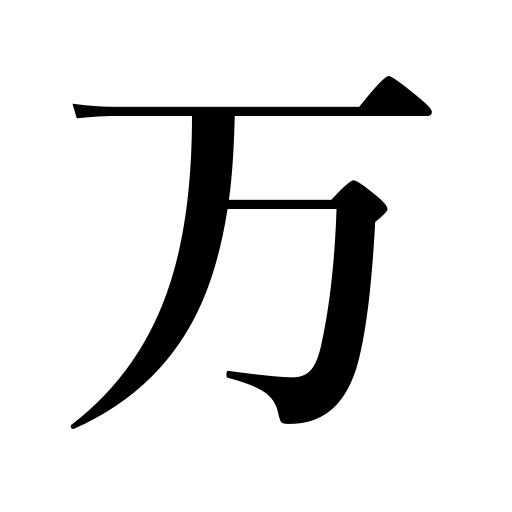
Meanings: if by any chance,ten thousand,fully,myriad